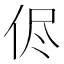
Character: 侭